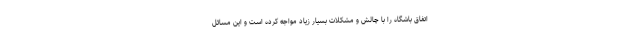
اتفاق باشگاه را با چالش و مشکلات بسیار زیاد مواجه کرده است و این مسائل